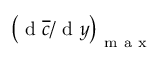
\left( \mathrm { ~ d ~ } \overline { { c } } / \mathrm { ~ d ~ } y \right) _ { \mathrm { ~ m ~ a ~ x ~ } }